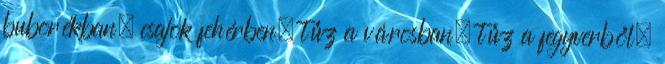
buborékban, csajok fehérben, tűz a városban, tűz a fegyverből,